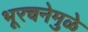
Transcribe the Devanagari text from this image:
भूरचनेमुळे